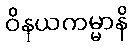
ဝိနယကမ္မာနိ